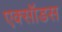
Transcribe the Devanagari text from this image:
एक्सॉडस